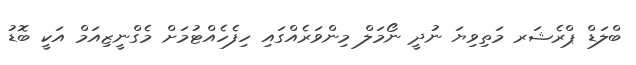
ބްލަޑް ޕްރެޝަރ މަތިވިޔަ ނުދީ ނޯމަލް މިންވަރެއްގައި ހިފެހެއްޓުމަށް މެގްނީޒިއަމް އަކީ ބޮޑު